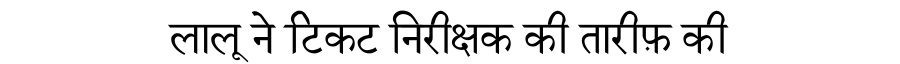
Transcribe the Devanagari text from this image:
लालू ने टिकट निरीक्षक की तारीफ़ की